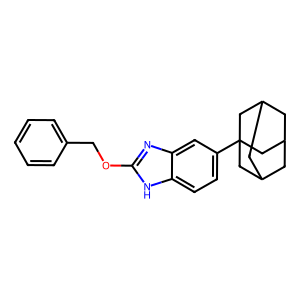
SMILES: c1ccc(COc2nc3cc(C45CC6CC(CC(C6)C4)C5)ccc3[nH]2)cc1
Inhibits HIV replication: No